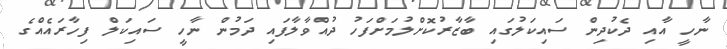
ނާހީ އާއި ދެކުދިން ސައިކަލުގައި ބާޒާރުކޮށްލުމަށްފަހު ދުއްވާލާފައި ދަމުން ނާހީ ސައިކަލް ފިހާރައެއްގެ